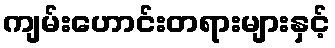
ကျမ်းဟောင်းတရားများနှင့်